Subject: physics
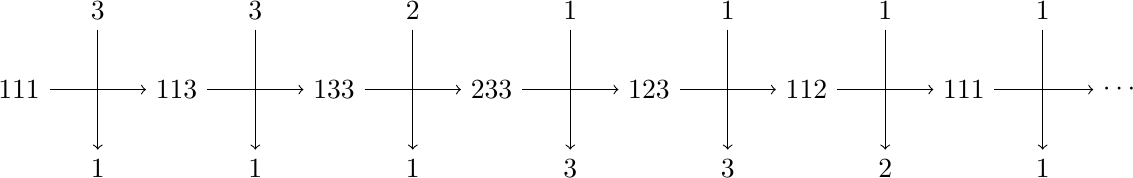
LaTeX code:
		\begin{tikzpicture}
			\node (carr0) at (-1,0) {$111
				$};

			\node (carr1) at (1,0) {$ 113
				$};

			\node (carr2) at (3,0) {$133
				$};

			\node (carr3) at (5,0) {$ 233
				$};

			\node (carr4) at (7,0) {$ 123
				$};

			\node (carr5) at (9,0) {$112
				$};

			\node (carr6) at (11,0) {$ 111 $};

			\node (carr7) at (13,0) {$ \cdots $};

			\foreach \i[evaluate=\i as \si using int(\i+1)] in {0,...,6} {
				\draw [->] (carr\i) -- (carr\si);
			}

			\node (b0) at (0,1) {$ 3 $};

			\node (b1) at (2,1) {$ 3 $};

			\node (b2) at (4,1) {$ 2 $};

			\foreach \i in {3,...,5} {
				\node (b\i) at ({2*\i},1) {$1$};
			}

			\foreach \i in {0,2,1} {
				\node (bt\i) at ({2*\i},-1) {$ 1
					$};
			}

			\node (bt3) at (6,-1) {$3$};
			\node (bt4) at (8,-1) {$3$};
			\node (bt5) at (10,-1) {$2$};
			\foreach \i in {0,...,5} {
				\draw [->] (b\i) -- (bt\i);
			}

			\node (b6) at (12,1) {$ 1 $};
			\node (bt6) at (12,-1) {$ 1 $};
			\draw [->] (b6) -- (bt6);

		\end{tikzpicture}